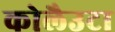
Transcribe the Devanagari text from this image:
कोलैउटा